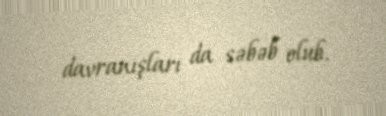
davranışları da səbəb olub.